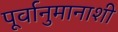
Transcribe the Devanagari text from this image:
पूर्वानुमानाशी